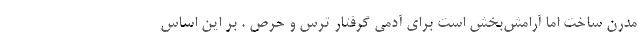
مدرن ساخت اما آرامش‌بخش است برای آدمیِ گرفتار ترس و حرص . بر این اساس